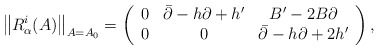
\begin{align*}\left\| R_{\alpha }^{i}(A)\right\| _{A=A_{0}}=\left( \begin{array}{ccc}0 & \bar{\partial}-h\partial +h^{\prime } & B^{\prime }-2B\partial \\ 0 & 0 & \bar{\partial}-h\partial +2h^{\prime }\end{array}\right) , \end{align*}